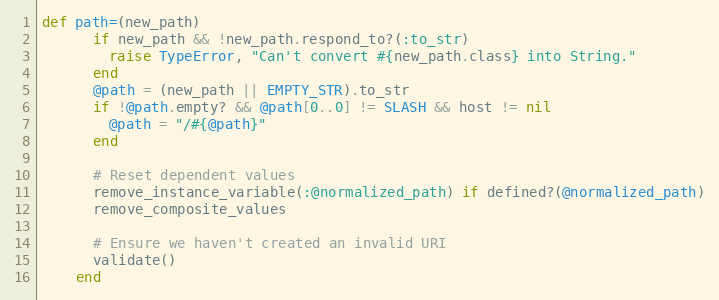
Language: Ruby
def path=(new_path)
      if new_path && !new_path.respond_to?(:to_str)
        raise TypeError, "Can't convert #{new_path.class} into String."
      end
      @path = (new_path || EMPTY_STR).to_str
      if !@path.empty? && @path[0..0] != SLASH && host != nil
        @path = "/#{@path}"
      end

      # Reset dependent values
      remove_instance_variable(:@normalized_path) if defined?(@normalized_path)
      remove_composite_values

      # Ensure we haven't created an invalid URI
      validate()
    end